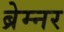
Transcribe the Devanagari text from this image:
ब्रेम्नर